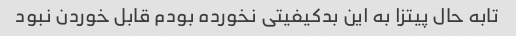
تابه حال پیتزا به این بدکیفیتی نخورده بودم قابل خوردن نبود